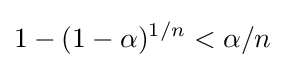
1-(1-\alpha )^{1/n}<\alpha /n